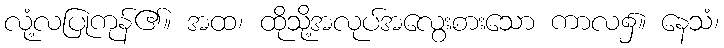
လုံ့လပြုကုန်၏။ အထ၊ ထိုသို့အလုပ်အလွေးစားသော ကာလ၌။ နေသံ၊